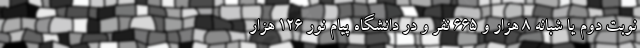
نوبت دوم یا شبانه ۸ هزار و ۶۶۵ نفر و در دانشگاه پیام نور ۱۲۶ هزار